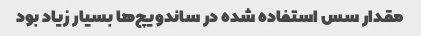
مقدار سس استفاده شده در ساندویچ‌ها بسیار زیاد بود